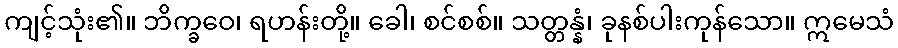
ကျင့်သုံး၏။ ဘိက္ခဝေ၊ ရဟန်းတို့။ ခေါ၊ စင်စစ်။ သတ္တန္နံ၊ ခုနစ်ပါးကုန်သော။ ဣမေသံ